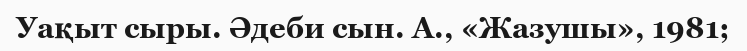
Уақыт сыры. Әдеби сын. А., «Жазушы», 1981;